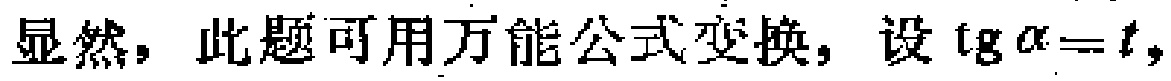
显然，此题可用万能公式变换，设\(\mathrm{tg}\alpha = t\)，